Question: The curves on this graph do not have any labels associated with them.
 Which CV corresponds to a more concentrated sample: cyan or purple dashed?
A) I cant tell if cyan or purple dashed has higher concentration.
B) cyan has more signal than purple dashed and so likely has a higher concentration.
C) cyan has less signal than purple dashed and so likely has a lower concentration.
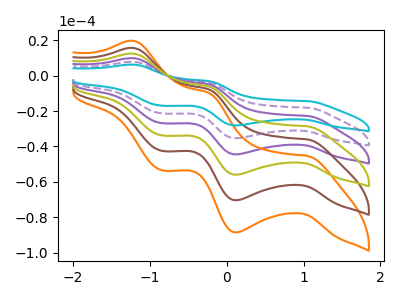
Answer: <think>The purple curve "purple" has anodic peaks at (-1.20V, 15.70uA) (-0.25V, -7.70uA) and cathodic peaks at (1.05V, -36.15uA) (0.10V, -70.65uA) (-0.85V, -42.65uA). The orange curve "orange" has anodic peaks at (-1.20V, 39.25uA) (-0.25V, -19.30uA) and cathodic peaks at (1.05V, -90.40uA) (0.10V, -176.70uA) (-0.85V, -106.65uA). The brown curve "brown" has anodic peaks at (-1.20V, 31.40uA) (-0.25V, -15.45uA) and cathodic peaks at (1.05V, -72.35uA) (0.10V, -141.35uA) (-0.85V, -85.35uA). The cyan curve "cyan" has anodic peaks at (-1.20V, 6.25uA) (-0.25V, -3.05uA) and cathodic peaks at (1.05V, -14.35uA) (0.10V, -28.10uA) (-0.85V, -16.95uA). The purple dashed curve "purple dashed" has anodic peaks at (-1.20V, 7.85uA) (-0.25V, -3.85uA) and cathodic peaks at (1.05V, -18.10uA) (0.10V, -35.35uA) (-0.85V, -21.35uA). The olive curve "olive" has anodic peaks at (-1.20V, 23.55uA) (-0.25V, -11.60uA) and cathodic peaks at (1.05V, -54.25uA) (0.10V, -106.00uA) (-0.85V, -64.00uA).
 All the peaks in "cyan" have a peak in "purple dashed" at the same potential.</think>
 <answer>A) I cant tell if "cyan" or "purple dashed" has higher concentration.</answer>
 <eval>A</eval>